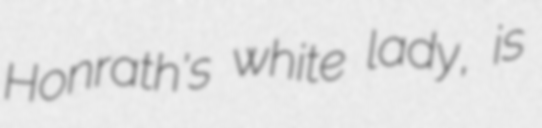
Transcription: Honrath's white lady, is